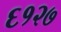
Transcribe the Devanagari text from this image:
६१२७